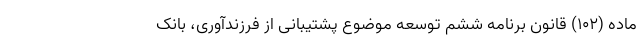
ماده (102) قانون برنامه ششم توسعه موضوع پشتیبانی از فرزندآوری، بانک